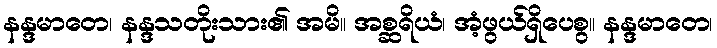
နန္ဒမာတေ၊ နန္ဒသတိုးသား၏ အမိ။ အစ္ဆရိယံ၊ အံ့ဖွယ်ရှိပေစွ။ နန္ဒမာတေ၊